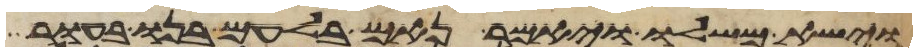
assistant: וישא משלו ויאמר נאם בלעם בנו בעור